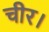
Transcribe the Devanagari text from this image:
चीर।